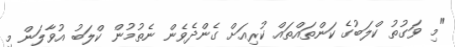
"މި ވަގުތު ކްލަބުގެ ކަންތައްތައް ކުރިއަށް ގެންދެވެން ނެތުމުން ކްލަބު އުވާލަން މި